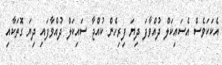
އެކަކަވެސް އެސައިކަލް ދުއްވާފަ ދިޔަ ފިރިހެން ކުއްޖާ ސައިކަލް ދުއްވާފައި ދިޔަ ގޮތަކާއި